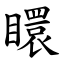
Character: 䁵